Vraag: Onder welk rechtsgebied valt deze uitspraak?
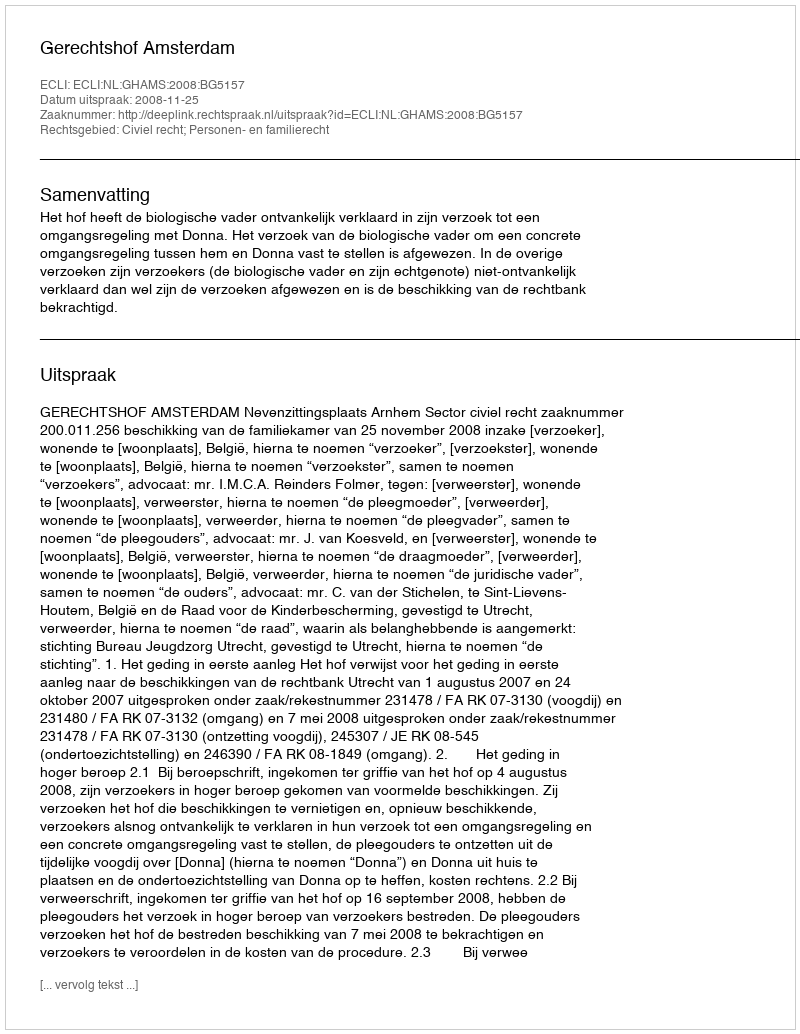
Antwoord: Civiel recht; Personen- en familierecht